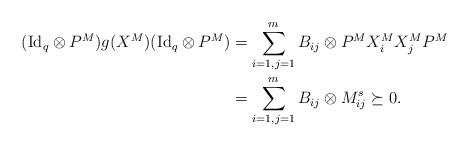
LaTeX: \begin{align*} \begin{aligned} ({\rm Id}_q \otimes P^M)g(X^M)({\rm Id}_q \otimes P^M)&=\sum_{i=1,j=1}^{m} B_{ij}\otimes P^M {X^M_i}{X^M_j} P^M \\ &=\sum_{i=1,j=1}^{m} B_{ij}\otimes M^s_{ij} \succeq 0. \end{aligned}\end{align*}